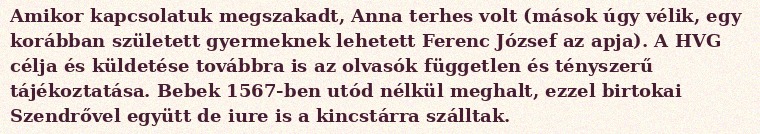
Amikor kapcsolatuk megszakadt, Anna terhes volt (mások úgy vélik, egy korábban született gyermeknek lehetett Ferenc József az apja). A HVG célja és küldetése továbbra is az olvasók független és tényszerű tájékoztatása. Bebek 1567-ben utód nélkül meghalt, ezzel birtokai Szendrővel együtt de iure is a kincstárra szálltak.